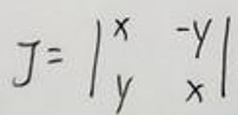
$J = \left| \begin{array} { l l } { x } & { y } \\ { y } & { x } \end{array} \right|$